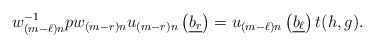
\begin{align*}w_{(m-\ell)n}^{-1}p w_{(m-r)n}u_{(m-r)n}\left(\underline{b_r}\right) = u_{(m-\ell)n}\left(\underline{b_\ell}\right)t(h,g).\end{align*}